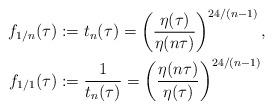
LaTeX: \begin{align*}f_{1/n}(\tau)&:=t_n(\tau)=\left(\frac{\eta(\tau)}{\eta(n\tau)}\right)^{24/(n-1)},\\f_{1/1}(\tau)&:=\frac{1}{t_n(\tau)}=\left(\frac{\eta(n\tau)}{\eta(\tau)}\right)^{24/(n-1)}\end{align*}